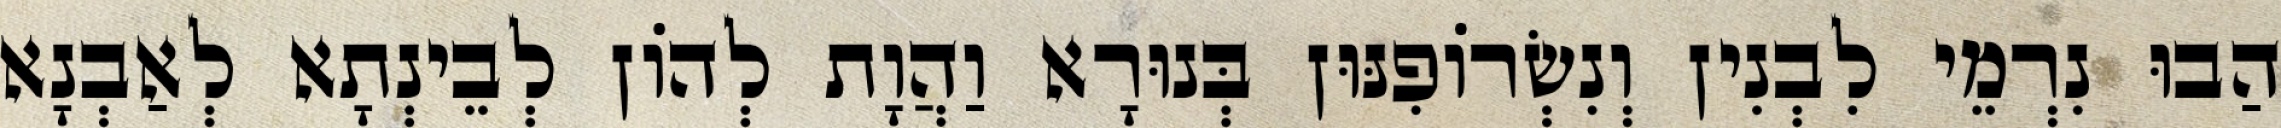
הַבוּ נִרְמֵי לִבְנִין וְנִשְׂרוֹפִנּוּן בְּנוּרָא וַהֲוָת לְהוֹן לְבֵינְתָא לְאַבְנָא